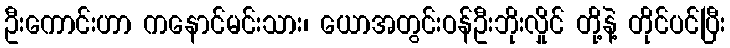
ဦးကောင်းဟာ ကနောင်မင်းသား၊ ယောအတွင်းဝန်ဦးဘိုးလှိုင် တို့နဲ့ တိုင်ပင်ပြီး